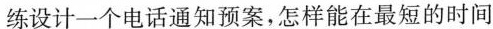
练设计一个电话通知预案，怎样能在最短的时间